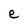
Character: e